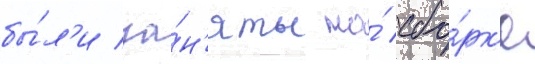
бы́л'и за́н'яты на́ сбо́рк'е